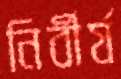
নির্বীর্য